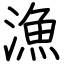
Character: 漁